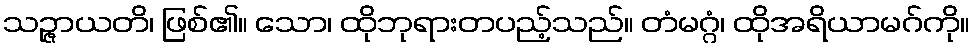
သဉ္ဇာယတိ၊ ဖြစ်၏။ သော၊ ထိုဘုရားတပည့်သည်။ တံမဂ္ဂံ၊ ထိုအရိယာမဂ်ကို။